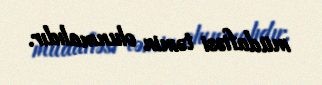
müdafiəsi təmin olunmalıdır.